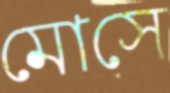
মোসে